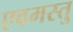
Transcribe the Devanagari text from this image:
एवमस्तु